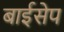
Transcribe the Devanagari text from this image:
बाईसेप